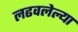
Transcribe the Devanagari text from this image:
लढवलेल्या